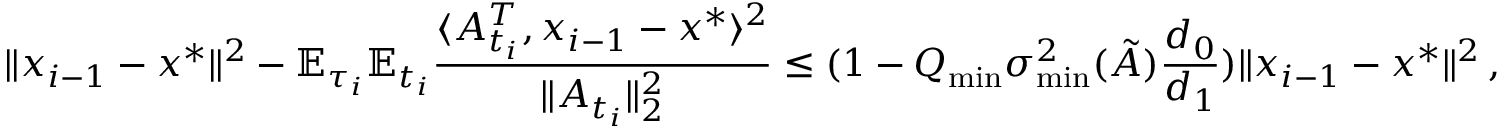
\| x _ { i - 1 } - x ^ { * } \| ^ { 2 } - \mathbb { E } _ { \tau _ { i } } \mathbb { E } _ { t _ { i } } \frac { \langle A _ { t _ { i } } ^ { T } , x _ { i - 1 } - x ^ { * } \rangle ^ { 2 } } { \| A _ { t _ { i } } \| _ { 2 } ^ { 2 } } \leq ( 1 - Q _ { \operatorname* { m i n } } \sigma _ { \operatorname* { m i n } } ^ { 2 } ( \tilde { A } ) \frac { d _ { 0 } } { d _ { 1 } } ) \| x _ { i - 1 } - x ^ { * } \| ^ { 2 } \, ,